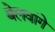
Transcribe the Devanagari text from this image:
बेलवांगे